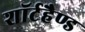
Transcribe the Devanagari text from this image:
शॉर्टहैण्ड